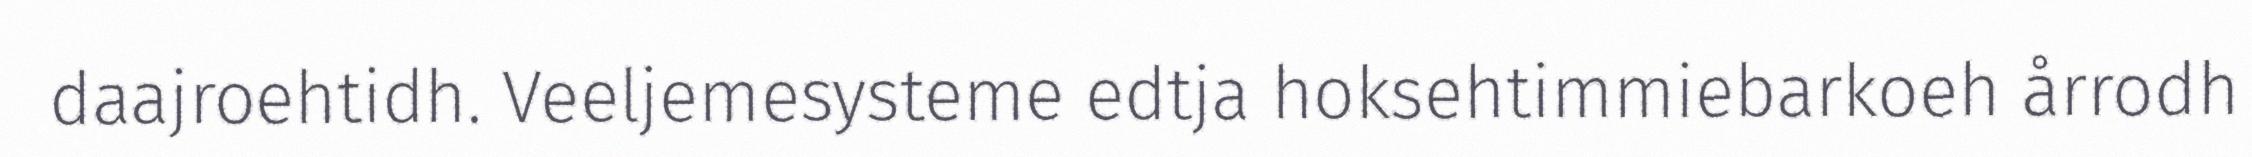
daajroehtidh. Veeljemesysteme edtja hoksehtimmiebarkoeh årrodh